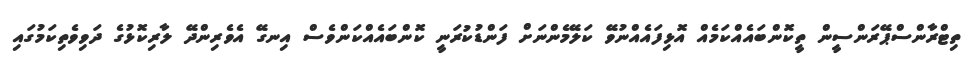
ތިޓްރާންސްޕޭރަންސީން ތީކޮންބައެއްކަމެއް އޮޅިފައެއްނުވޭ ކަލޭމެންނަށް ފަންޑުކުރަނީ ކޮންބައެއްކަންވެސް އިނގޭ އެވެރިންދޭ ލާރިކޮޅުގެ ދަވިވެތިކަމުގައި